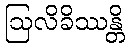
ဩလိခိဿန္တိ